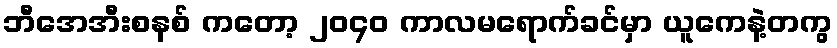
ဘီအေအီးစနစ် ကတော့ ၂၀၄၀ ကာလမရောက်ခင်မှာ ယူကေနဲ့တကွ